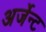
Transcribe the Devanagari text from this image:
अर्जेन्ट